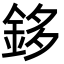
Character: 鉹